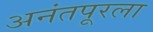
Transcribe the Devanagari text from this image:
अनंतपूरला